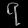
Digit: ၇